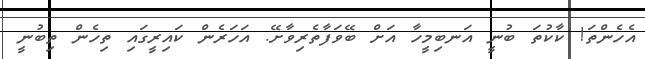
އެހެންތަ! ކާކުތަ ބުނީ އަނބިމީހާ އަށް ބޭވަފާތެރިވާށޭ. އަހަރެން ކައިރީގައި ތިހެން ތިބުނީ